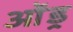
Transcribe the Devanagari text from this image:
ओंड्र